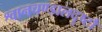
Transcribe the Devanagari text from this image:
श्वानचण्डालदृष्टौ